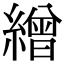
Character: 繒